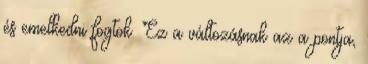
és emelkedni fogtok. Ez a változásnak az a pontja,